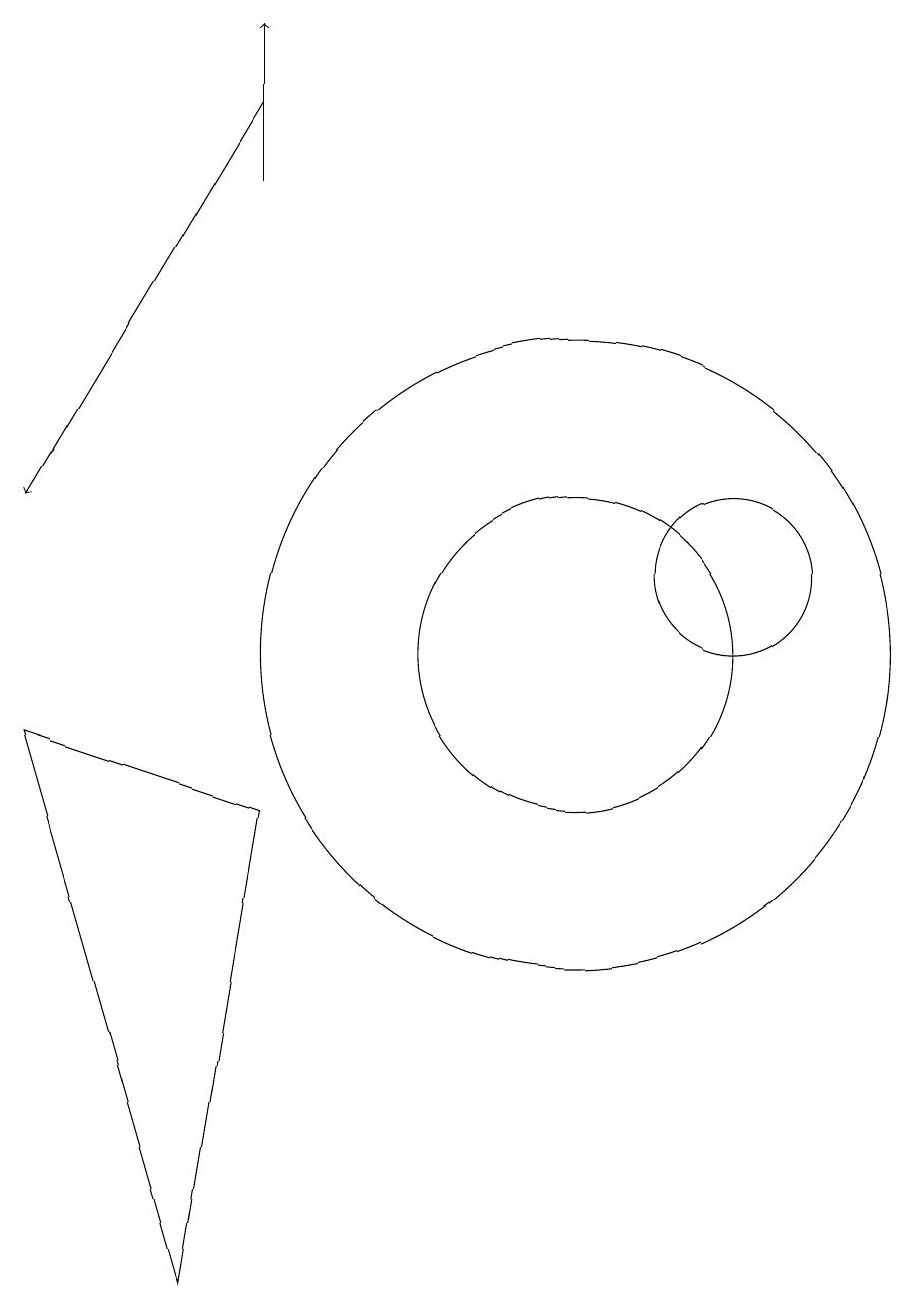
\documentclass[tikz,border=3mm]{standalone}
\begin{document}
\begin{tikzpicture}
\draw[->] (6,17) -- (3,12);
\draw (10,10) circle (4);
\draw (3,9) -- (6,8) -- (5,2) -- cycle;
\draw[->] (6,16) -- (6,18);
\draw (12,11) circle (1);
\draw (10,10) circle (2);
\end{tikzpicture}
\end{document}